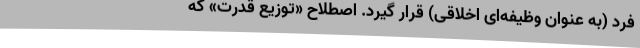
فرد (به عنوان وظیفه‌ای اخلاقی)‌ قرار گیرد. اصطلاح «توزیع قدرت» که